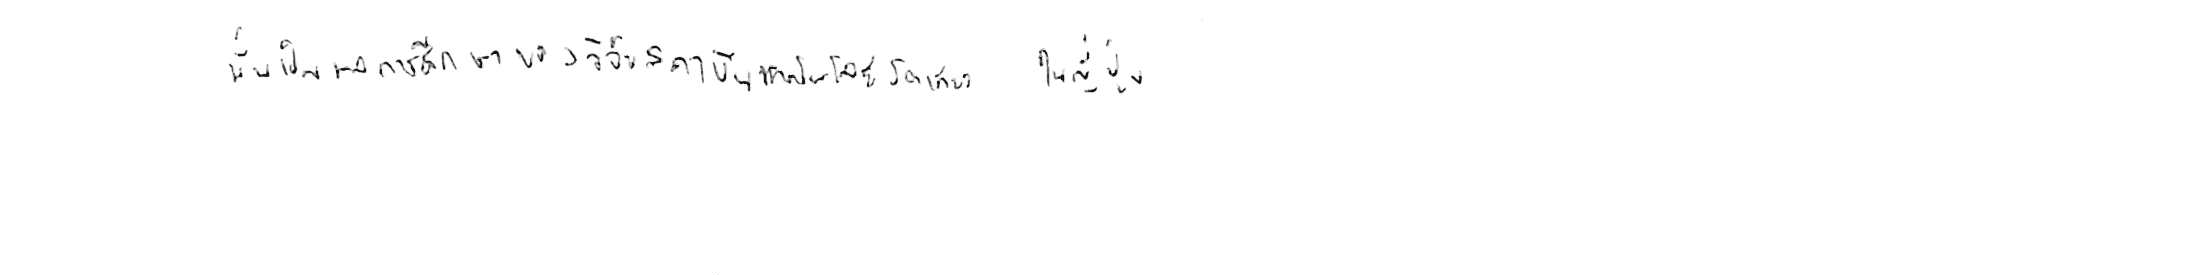
นั่นเป็นผลการศึกษาของนักวิจัยสถาบันเทคโนโลยีโตเกียว ในญี่ปุ่น